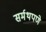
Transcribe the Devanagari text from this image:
सर्मथपणे